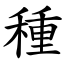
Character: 種